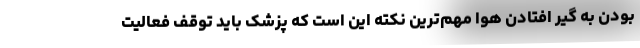
بودن به گیر افتادن هوا مهم‌ترین نکته این است که پزشک باید توقف فعالیت